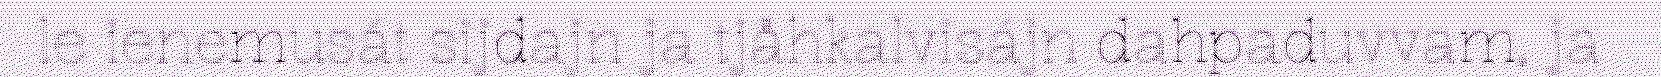
le ienemusát sijdajn ja tjåhkalvisájn dahpaduvvam, ja